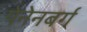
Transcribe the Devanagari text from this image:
पेनेनबर्ग